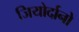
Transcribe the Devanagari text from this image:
जियोर्दानो